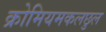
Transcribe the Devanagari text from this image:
क्रोमियमकलछुल